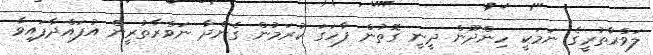
ލަވްރާތުރީގެ ނަމަކީ ހިންދޫން ދީނީ ގޮތުން ފާހަގަ ކުރަމުން ގެންދާ ނަވްރާތުރީން އުފައްދާފައިވާ